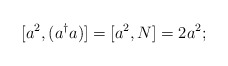
\begin{align*}[a^2, (a^\dagger a) ] = [a^2,N] =2 a^2;\end{align*}